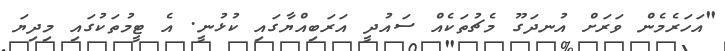
"އަހަރެމެން ވަރަށް އުނދަގޫ މެޗުތަކެއް ސައުދީ އަރަބިއްޔާގައި ކުޅުނީ. އެ ޓީމުތަކުގައި މިދިޔަ